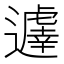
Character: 𨘈